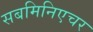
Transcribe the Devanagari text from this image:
सबमिनिएचर